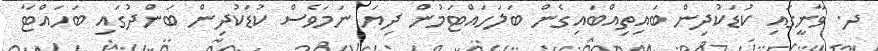
ދ. ވާނީގައި ކުޑަކުދިން ބައިތިއްބައިގެން ބަލަހައްޓަމުން ދިޔަ ނަމަވެސް ކުޑަކުދިން ބަންދުގައި ބަހައްޓާ